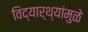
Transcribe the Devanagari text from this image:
विद्यार्थ्यांमुळे